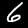
Digit: 6